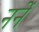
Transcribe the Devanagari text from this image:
ननें